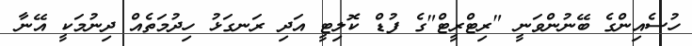
ހުސެއިންގެ ބޭނުންވަނީ "ރިޓްރީޓް"ގެ ފުޑް ކޮލިޓީ އަދި ރަނގަޅު ހިދުމަތެއް ދިނުމަކީ އޭނާ